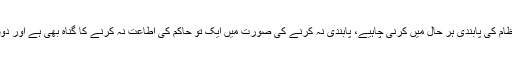
آخر میں چند اہم باتوں کو نکات کی صورت میں پیش کرتے ہیں (1) ٹریفک نظام کی پابندی ہر حال میں کرنی چاہیے، پابندی نہ کرنے کی صورت میں ایک تو حاکم کی اطاعت نہ کرنے کا گناہ بھی ہے اور دوسرا حادثے کی صورت میں جان و مال کا ضیاع بھی جو کہ شرعاً جائز نہیں۔